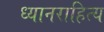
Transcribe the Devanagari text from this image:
ध्यानराहित्य